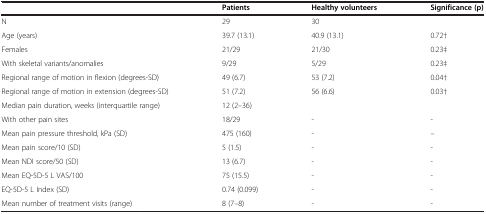
<table><thead><tr><td><b> </b></td><td><b>Patients</b></td><td><b>Healthy volunteers</b></td><td><b>Significance (p)</b></td></tr></thead><tbody><tr><td>N</td><td>29</td><td>30</td><td> </td></tr><tr><td>Age (years)</td><td>39.7 (13.1)</td><td>40.9 (13.1)</td><td>0.72†</td></tr><tr><td>Females</td><td>21/29</td><td>21/30</td><td>0.23‡</td></tr><tr><td>With skeletal variants/anomalies</td><td>9/29</td><td>5/29</td><td>0.23‡</td></tr><tr><td>Regional range of motion in flexion (degrees-SD)</td><td>49 (6.7)</td><td>53 (7.2)</td><td>0.04†</td></tr><tr><td>Regional range of motion in extension (degrees-SD)</td><td>51 (7.2)</td><td>56 (6.6)</td><td>0.03†</td></tr><tr><td>Median pain duration, weeks (interquartile range)</td><td>12 (2–36)</td><td> </td><td> </td></tr><tr><td>With other pain sites</td><td>18/29</td><td>-</td><td>-</td></tr><tr><td>Mean pain pressure threshold, kPa (SD)</td><td>475 (160)</td><td>-</td><td>--</td></tr><tr><td>Mean pain score/10 (SD)</td><td>5 (1.5)</td><td>-</td><td>-</td></tr><tr><td>Mean NDI score/50 (SD)</td><td>13 (6.7)</td><td>-</td><td>-</td></tr><tr><td>Mean EQ-5D-5 L VAS/100</td><td>75 (15.5)</td><td>-</td><td>-</td></tr><tr><td>EQ-5D-5 L Index (SD)</td><td>0.74 (0.099)</td><td>-</td><td>-</td></tr><tr><td>Mean number of treatment visits (range)</td><td>8 (7–8)</td><td>-</td><td>-</td></tr></tbody></table>